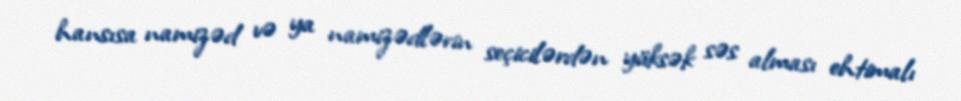
hansısa namizəd və ya namizədlərin seçicilərdən yüksək səs alması ehtimalı